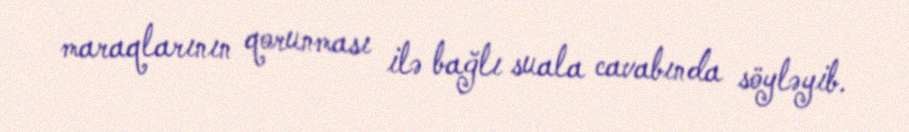
maraqlarının qorunması ilə bağlı suala cavabında söyləyib.